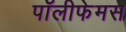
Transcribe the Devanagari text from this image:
पॉलीफेमस